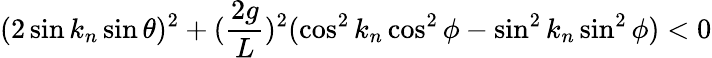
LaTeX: (2\sin k_{n}\sin\theta)^{2}+(\frac{2g}{L})^{2}(\cos^{2}k_{n}\cos^{2}\phi-\sin^{2}k_{n}\sin^{2}\phi)<0